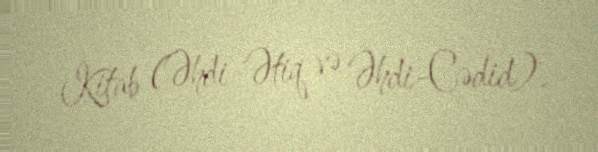
Kitab (Əhdi-Ətiq və Əhdi-Cədid).